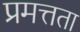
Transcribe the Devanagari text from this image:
प्रमत्तता